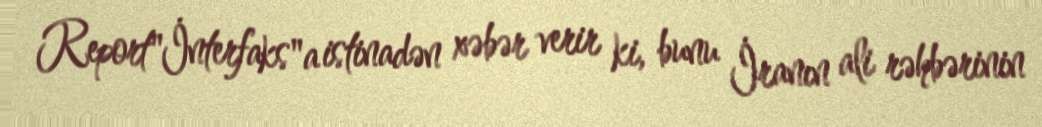
Report"İnterfaks"a istinadən xəbər verir ki, bunu İranın ali rəhbərinin